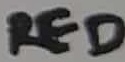
Text: RED